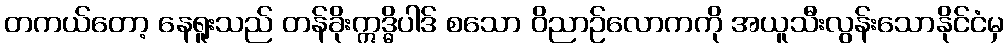
တကယ်တော့ နေရူးသည် တန်ခိုးဣဒ္ဓိပါဒ် စသော ဝိညာဉ်လောကကို အယူသီးလွန်းသောနိုင်ငံမှ